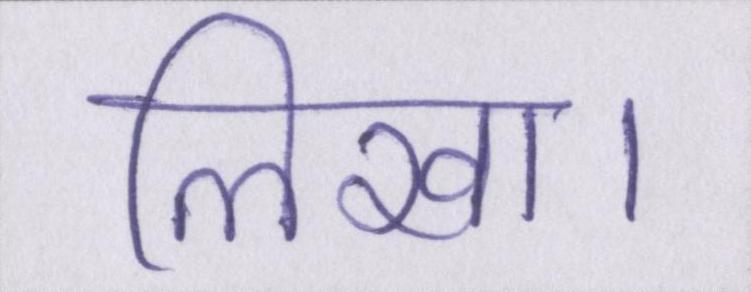
लिखा।